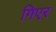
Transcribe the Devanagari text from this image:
गिएर